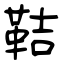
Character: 鞊